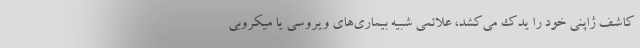
کاشف ژاپنی خود را یدک می‌کشد، علائمی شبیه بیماری‌های ویروسی یا میکروبی